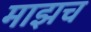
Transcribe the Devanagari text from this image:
माझच